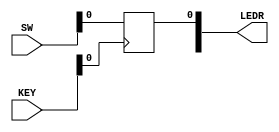
module simple_dflop ( 
	input [1:0] KEY,
	input [9:0] SW,
	output reg [9:0] LEDR
);
	
	always @ (posedge KEY[0])
	begin
		LEDR[0] <= SW[0];
	end
	
endmodule